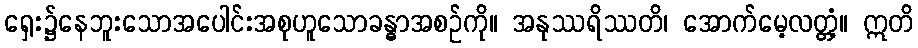
ရှေး၌နေဘူးသောအပေါင်းအစုဟူသောခန္ဓာအစဉ်ကို။ အနုဿရိဿတိ၊ အောက်မေ့လတ္တံ့။ ဣတိ